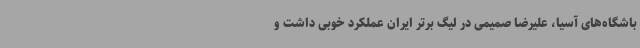
باشگاه‌های آسیا، علیرضا صمیمی در لیگ برتر ایران عملکرد خوبی داشت و